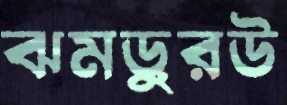
ঝমড়ুরউ